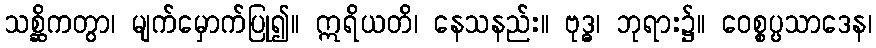
သစ္ဆိကတွာ၊ မျက်မှောက်ပြု၍။ ဣရိယတိ၊ နေသနည်း။ ဗုဒ္ဓ၊ ဘုရား၌။ ဝေစ္စပ္ပသာဒေန၊